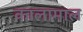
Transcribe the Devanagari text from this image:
कालामाल